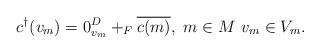
LaTeX: \begin{align*}c^\dagger(v_m) = 0_{v_m}^D +_F \overline{c(m)},\, \, m\in M \, \, v_m\in V_m. \end{align*}